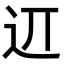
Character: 䢋